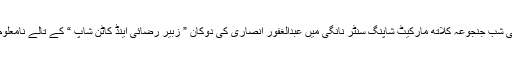
تفصیلات کے مطابق ہفتہ اور اتوار کی درمیانی شب جنجوعہ کلاتھ مارکیٹ شاپنگ سنٹر نانگی میں عبدالغفور انصاری کی دوکان ” زبیر رضائی اینڈ کاٹن شاپ “ کے تالے نامعلوم چوروں نے توڑ کر قیمتی کپڑاچوری کر لیا ۔